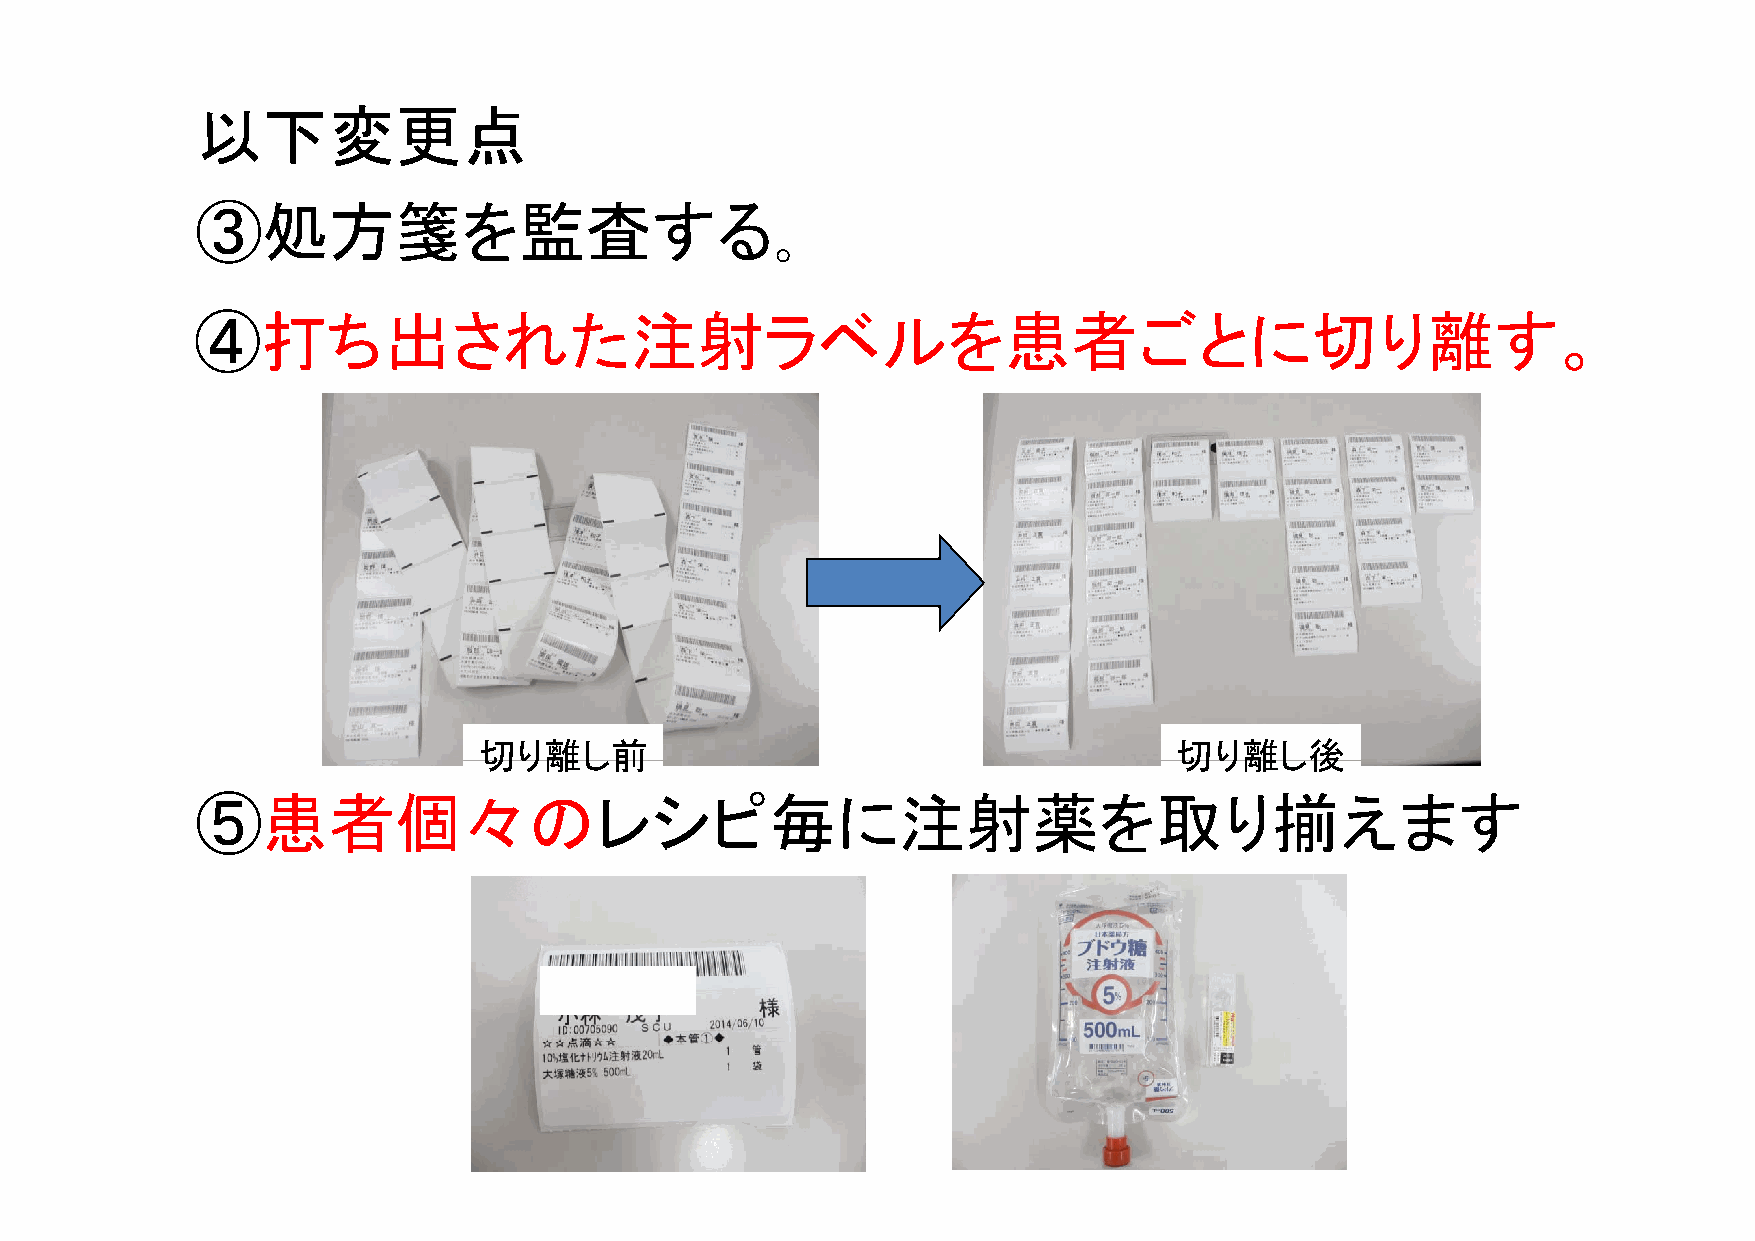
以下変更点
 ③処方箋を監査する｡
 ④④打打ちち出出さされれたた注注射射ララベベルルをを患患者者ごごととにに切切りり離離すす。
 切切りり離離しし前前                                    切切りり離離しし後後
 ⑤患者個々のレシピ毎に注射薬を取り揃えます